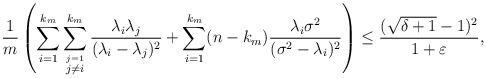
LaTeX: \begin{align*}\frac{1}{m}\left( \sum_{i =1}^{k_m} \sum_{\stackrel{j=1}{j\neq i}}^{k_m} \frac{\lambda_i \lambda_j}{(\lambda_i-\lambda_j)^2} + \sum_{i =1}^{k_m} (n-k_m)\frac{\lambda_i\sigma^2}{(\sigma^2-\lambda_i)^2} \right) \leq \frac{(\sqrt{\delta+1}-1)^2}{1+\varepsilon},\end{align*}